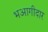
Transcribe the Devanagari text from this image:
भआगीदार